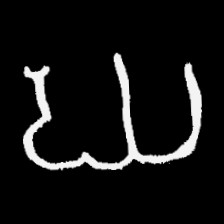
Pyu character \u2014 Myanmar letter: ဃ (romanized: gha)